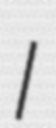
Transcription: I